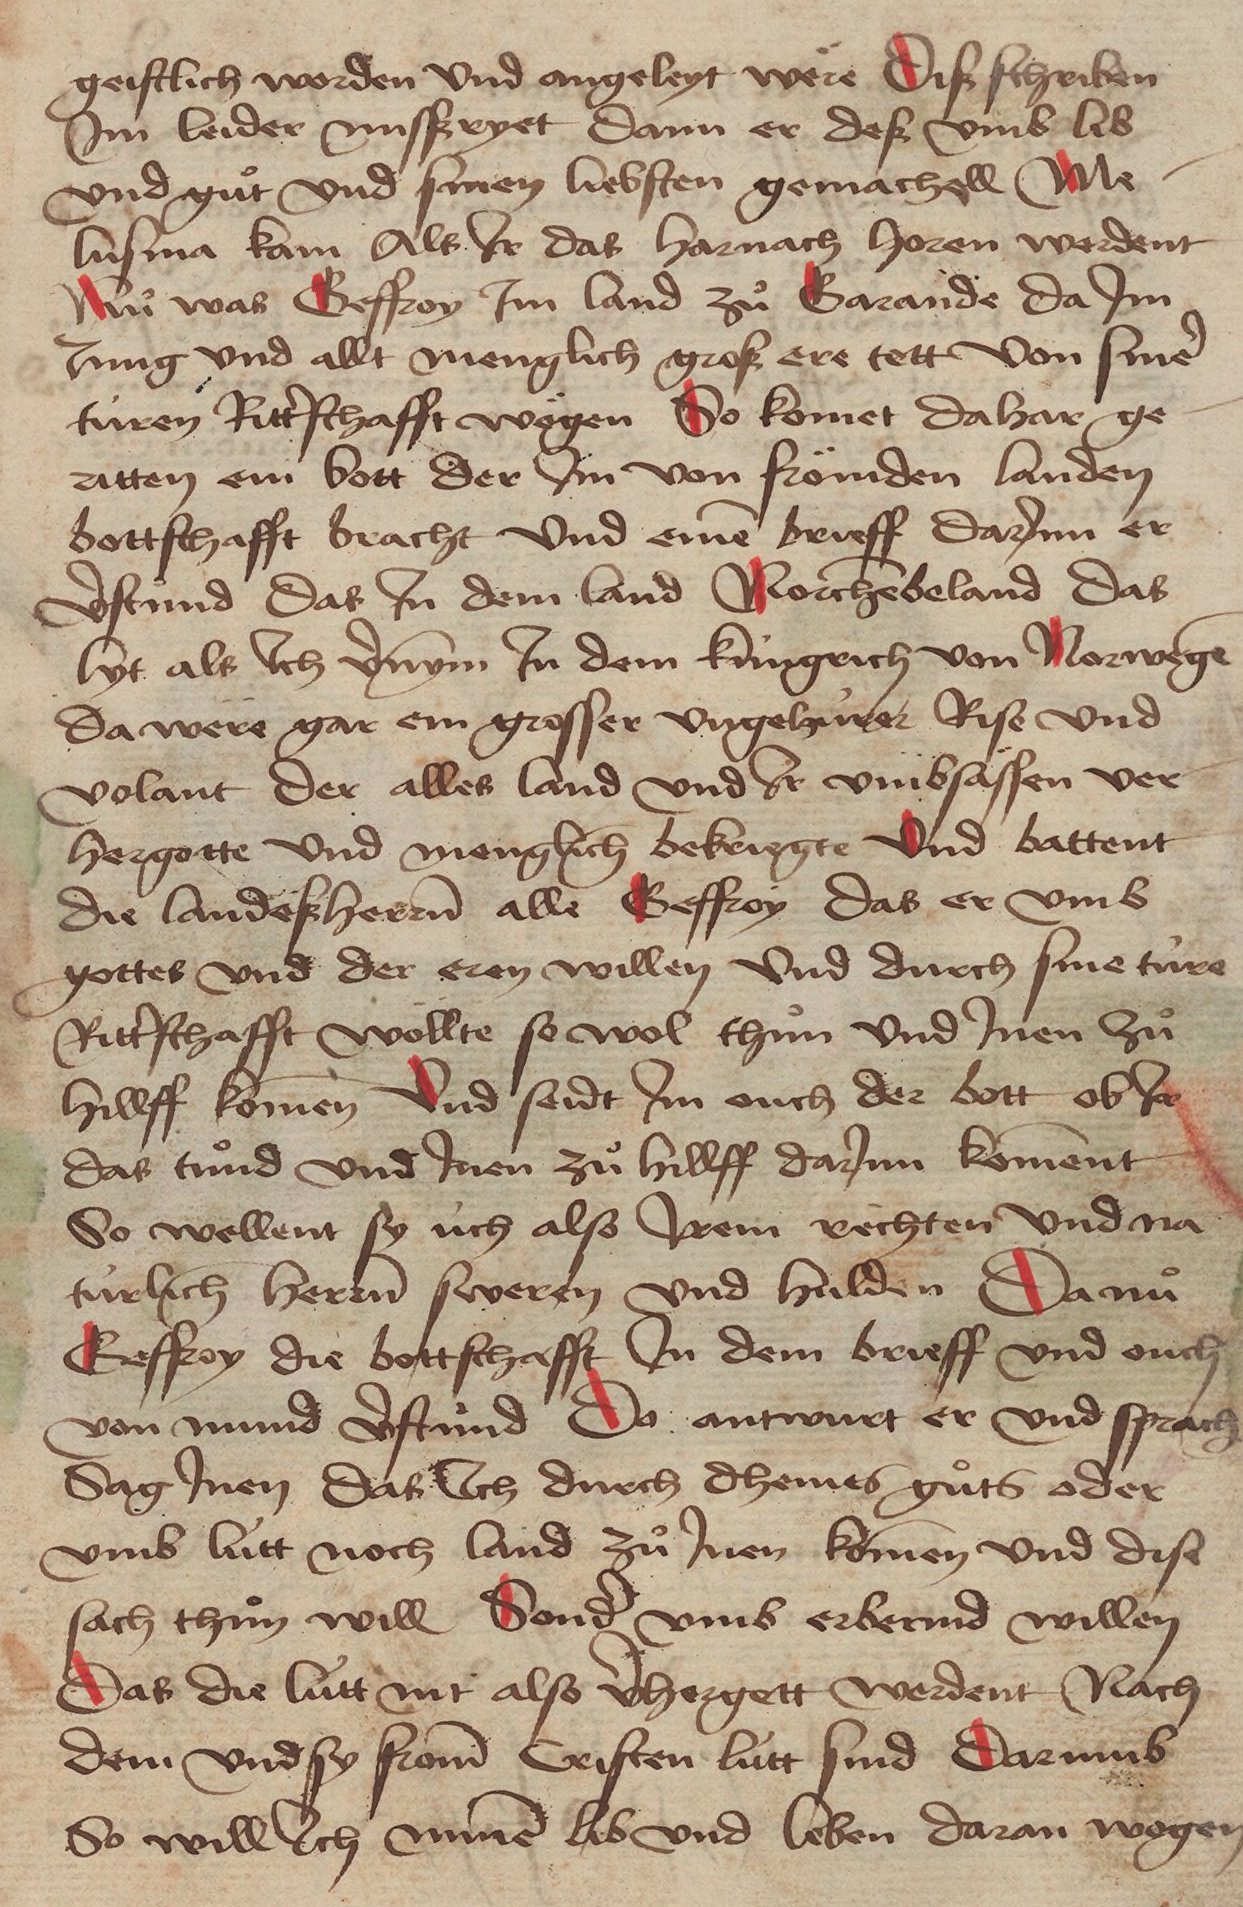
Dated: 1471–1471